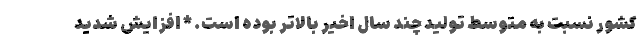
کشور نسبت به متوسط تولید چند سال اخیر بالاتر بوده است. * افزایش شدید